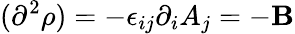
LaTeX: (\partial^{2}\rho)=-\epsilon_{ij}\partial_{i}A_{j}=-\mathbf{B}